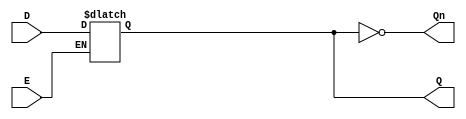
module gated_d_latch (
    input wire D,      // Data input
    input wire E,      // Enable input
    output reg Q,      // Output signal
    output wire Qn     // Complement of Q
);

// Assigning the complement of Q
assign Qn = ~Q;

// Always block that drives the output Q
always @(*) begin
    if (E) begin
        Q = D; // When E is high, Q follows D
    end
    // When E is low, Q retains its previous value (implicitly)
end

endmodule